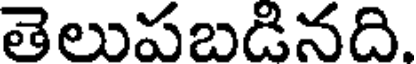
తెలుపబడినది.